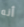
أنه